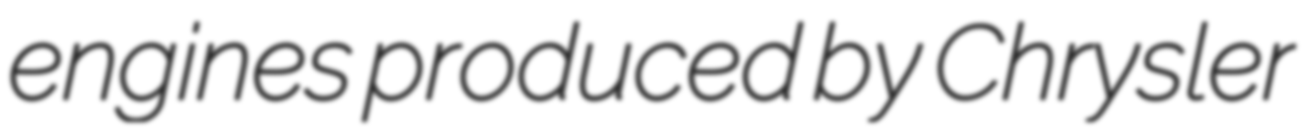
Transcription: engines produced by Chrysler